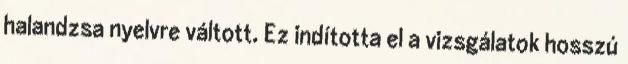
halandzsa nyelvre váltott. Ez indította el a vizsgálatok hosszú